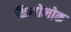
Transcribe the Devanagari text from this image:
किसोलोक